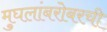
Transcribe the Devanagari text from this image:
मुघलांबरोबरची